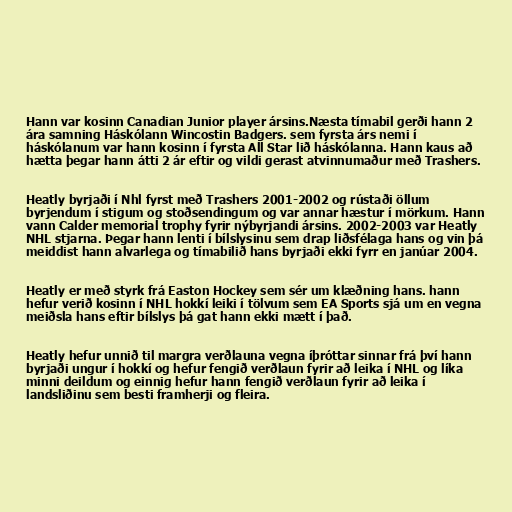
Hann var kosinn Canadian Junior player ársins.Næsta tímabil gerði hann 2
ára samning Háskólann Wincostin Badgers. sem fyrsta árs nemi í
háskólanum var hann kosinn í fyrsta All Star lið háskólanna. Hann kaus að
hætta þegar hann átti 2 ár eftir og vildi gerast atvinnumaður með Trashers.

Heatly byrjaði í Nhl fyrst með Trashers 2001-2002 og rústaði öllum
byrjendum í stigum og stoðsendingum og var annar hæstur í mörkum. Hann
vann Calder memorial trophy fyrir nýbyrjandi ársins. 2002-2003 var Heatly
NHL stjarna. Þegar hann lenti í bílslysinu sem drap liðsfélaga hans og vin þá
meiddist hann alvarlega og tímabilið hans byrjaði ekki fyrr en janúar 2004.

Heatly er með styrk frá Easton Hockey sem sér um klæðning hans. hann
hefur verið kosinn í NHL hokkí leiki í tölvum sem EA Sports sjá um en vegna
meiðsla hans eftir bílslys þá gat hann ekki mætt í það.

Heatly hefur unnið til margra verðlauna vegna íþróttar sinnar frá því hann
byrjaði ungur í hokkí og hefur fengið verðlaun fyrir að leika í NHL og líka
minni deildum og einnig hefur hann fengið verðlaun fyrir að leika í
landsliðinu sem besti framherji og fleira.